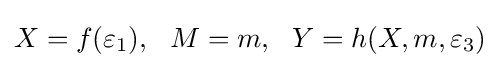
X=f(\varepsilon _{1}),~~M=m,~~Y=h(X,m,\varepsilon _{3})